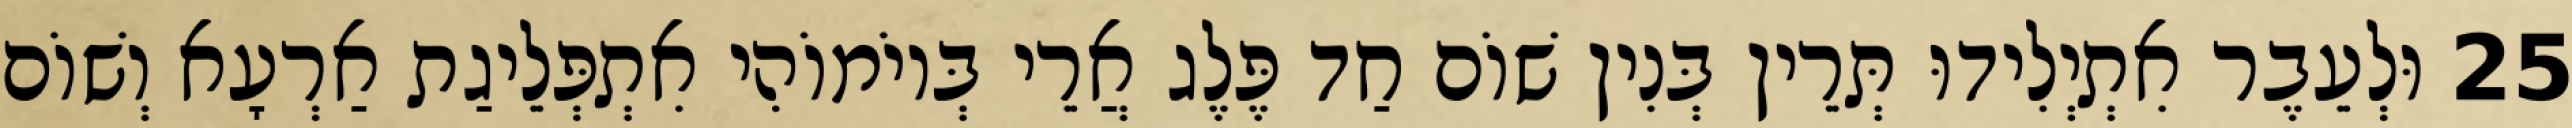
25 וּלְעֵבֶר אִתְיְלִידוּ תְּרֵין בְּנִין שׁוֹם חַד פֶּלֶג אֲרֵי בְּיוֹמוֹהִי אִתְפְּלֵיגַת אַרְעָא וְשׁוֹם